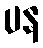
ပန